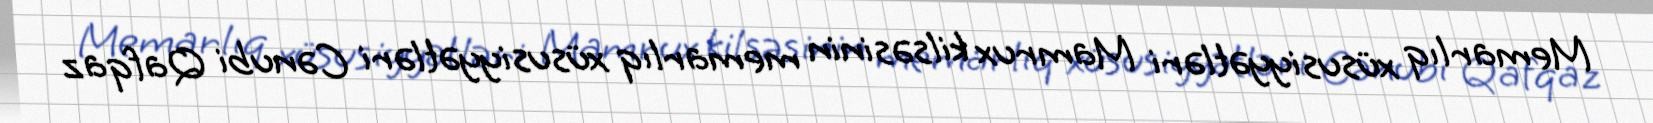
Memarlıq xüsusiyyətləri Mamrux kilsəsinin memarlıq xüsusiyyətləri Cənubi Qafqaz